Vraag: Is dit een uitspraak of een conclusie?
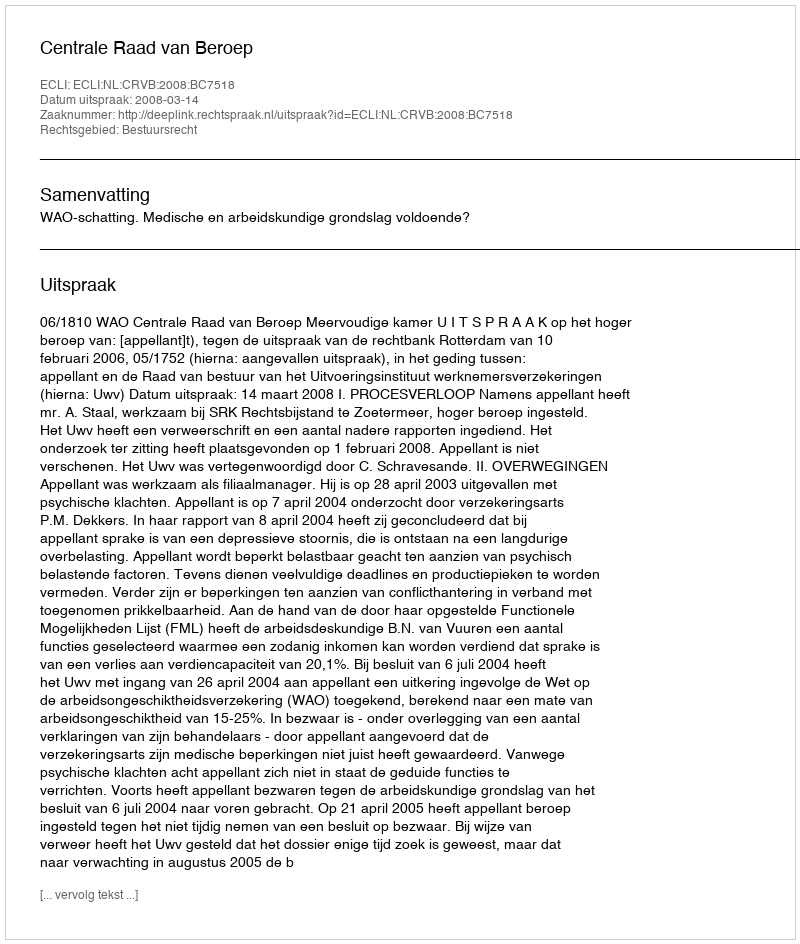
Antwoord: Uitspraak